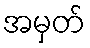
အမှတ်